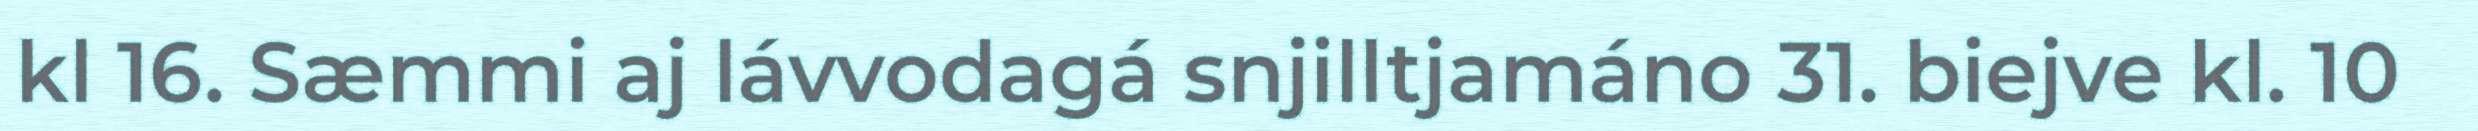
kl 16. Sæmmi aj lávvodagá snjilltjamáno 31. biejve kl. 10